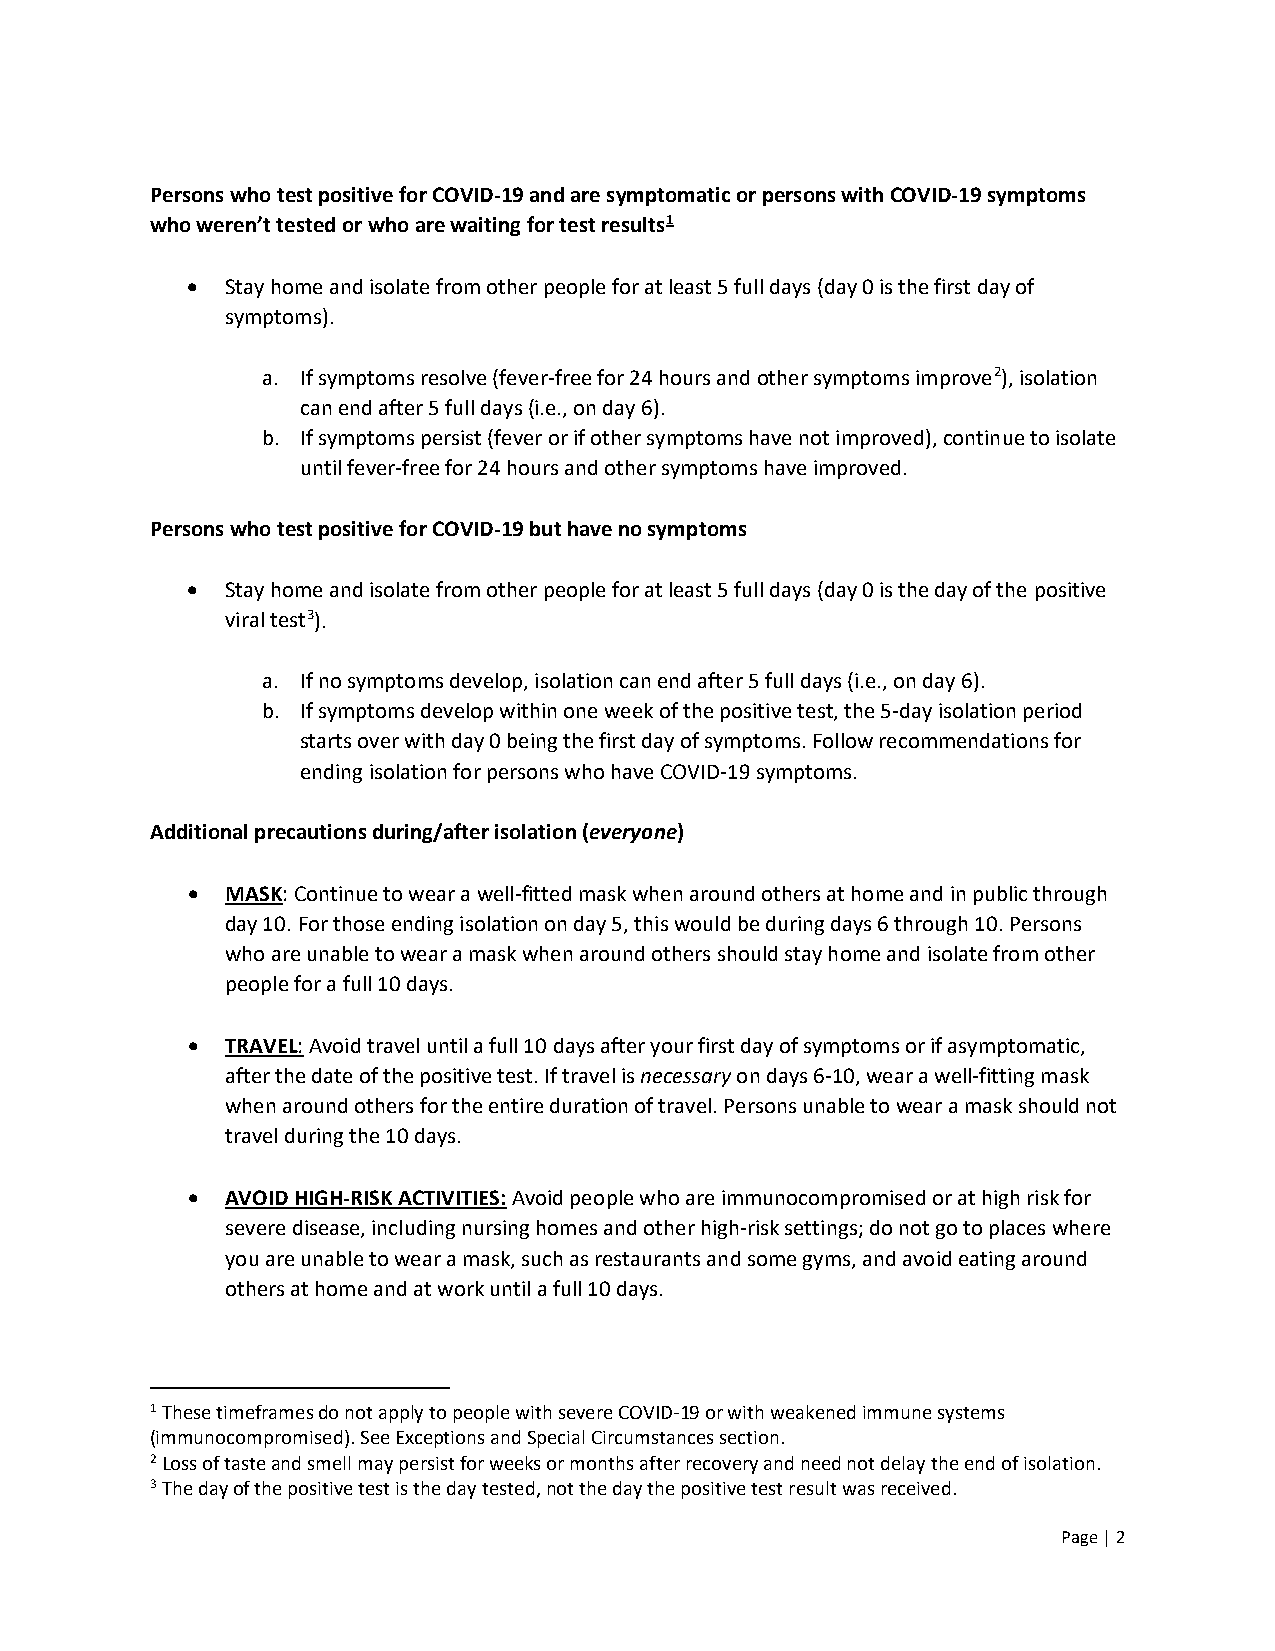
Persons who test positive for COVID-19 and are symptomatic or persons with COVID-19 symptoms
 who weren’t tested or who are waiting for test results1
 •  Stay home and isolate from other people for at least 5 full days (day 0 is the first day of
 symptoms).
 a. If symptoms resolve (fever-free for 24 hours and other symptoms improve2), isolation
 can end after 5 full days (i.e., on day 6).
 b. If symptoms persist (fever or if other symptoms have not improved), continue to isolate
 until fever-free for 24 hours and other symptoms have improved.
 Persons who test positive for COVID-19 but have no symptoms
 •  Stay home and isolate from other people for at least 5 full days (day 0 is the day of the positive
 viral test3).
 a. If no symptoms develop, isolation can end after 5 full days (i.e., on day 6).
 b. If symptoms develop within one week of the positive test, the 5-day isolation period
 starts over with day 0 being the first day of symptoms. Follow recommendations for
 ending isolation for persons who have COVID-19 symptoms.
 Additional precautions during/after isolation (everyone)
 •  MASK: Continue to wear a well-fitted mask when around others at home and in public through
 day 10. For those ending isolation on day 5, this would be during days 6 through 10. Persons
 who are unable to wear a mask when around others should stay home and isolate from other
 people for a full 10 days.
 •  TRAVEL: Avoid travel until a full 10 days after your first day of symptoms or if asymptomatic,
 after the date of the positive test. If travel is necessary on days 6-10, wear a well-fitting mask
 when around others for the entire duration of travel. Persons unable to wear a mask should not
 travel during the 10 days.
 •  AVOID HIGH-RISK ACTIVITIES: Avoid people who are immunocompromised or at high risk for
 severe disease, including nursing homes and other high-risk settings; do not go to places where
 you are unable to wear a mask, such as restaurants and some gyms, and avoid eating around
 others at home and at work until a full 10 days.
 1 These timeframes do not apply to people with severe COVID-19 or with weakened immune systems
 (immunocompromised). See Exceptions and Special Circumstances section.
 2 Loss of taste and smell may persist for weeks or months after recovery and need not delay the end of isolation.
 3 The day of the positive test is the day tested, not the day the positive test result was received.
 Page | 2